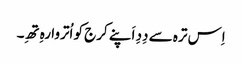
اِس ترہ سے دِدِ اَپنے کرج کو اُتروا رہِ تھِ۔